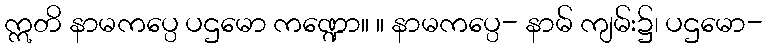
ဣတိ နာမကပ္ပေ ပဌမော ကဏ္ဍော။ ။ နာမကပ္ပေ- နာမ် ကျမ်း၌၊ ပဌမော-